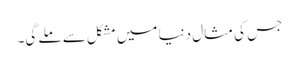
جس کی مثال دنیا میں مشکل سے ملے گی۔